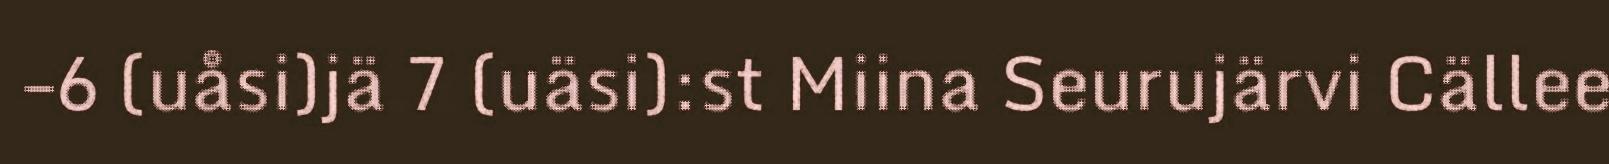
–6 (uåsi)jä 7 (uäsi):st Miina Seurujärvi Cällee